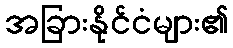
အခြားနိုင်ငံများ၏